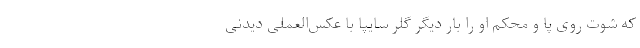
که شوت روی پا و محکم او را بار دیگر گلر سایپا با عکس‌العملی دیدنی